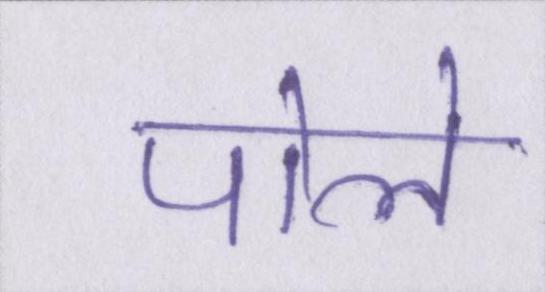
पोले